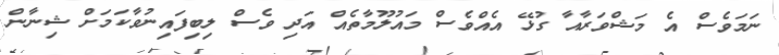
ނަމަވެސް އެ މަޝްވަރާއާ ގުޅޭ އެއްވެސް މައުލޫމާތެއް އަދި ވެސް ލިބިފައިނުވާކަމަށް ޝިނާން